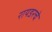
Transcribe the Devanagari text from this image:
रायडरचे